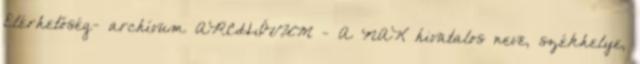
Elérhetőség- archívum ARCHÍVUM - A NAK hivatalos neve, székhelye,